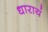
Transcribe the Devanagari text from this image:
धारायं